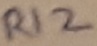
Text: R12